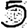
Digit: 5